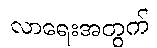
လာရေးအတွက်